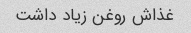
غذاش روغن زیاد داشت